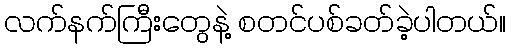
လက်နက်ကြီးတွေနဲ့ စတင်ပစ်ခတ်ခဲ့ပါတယ်။